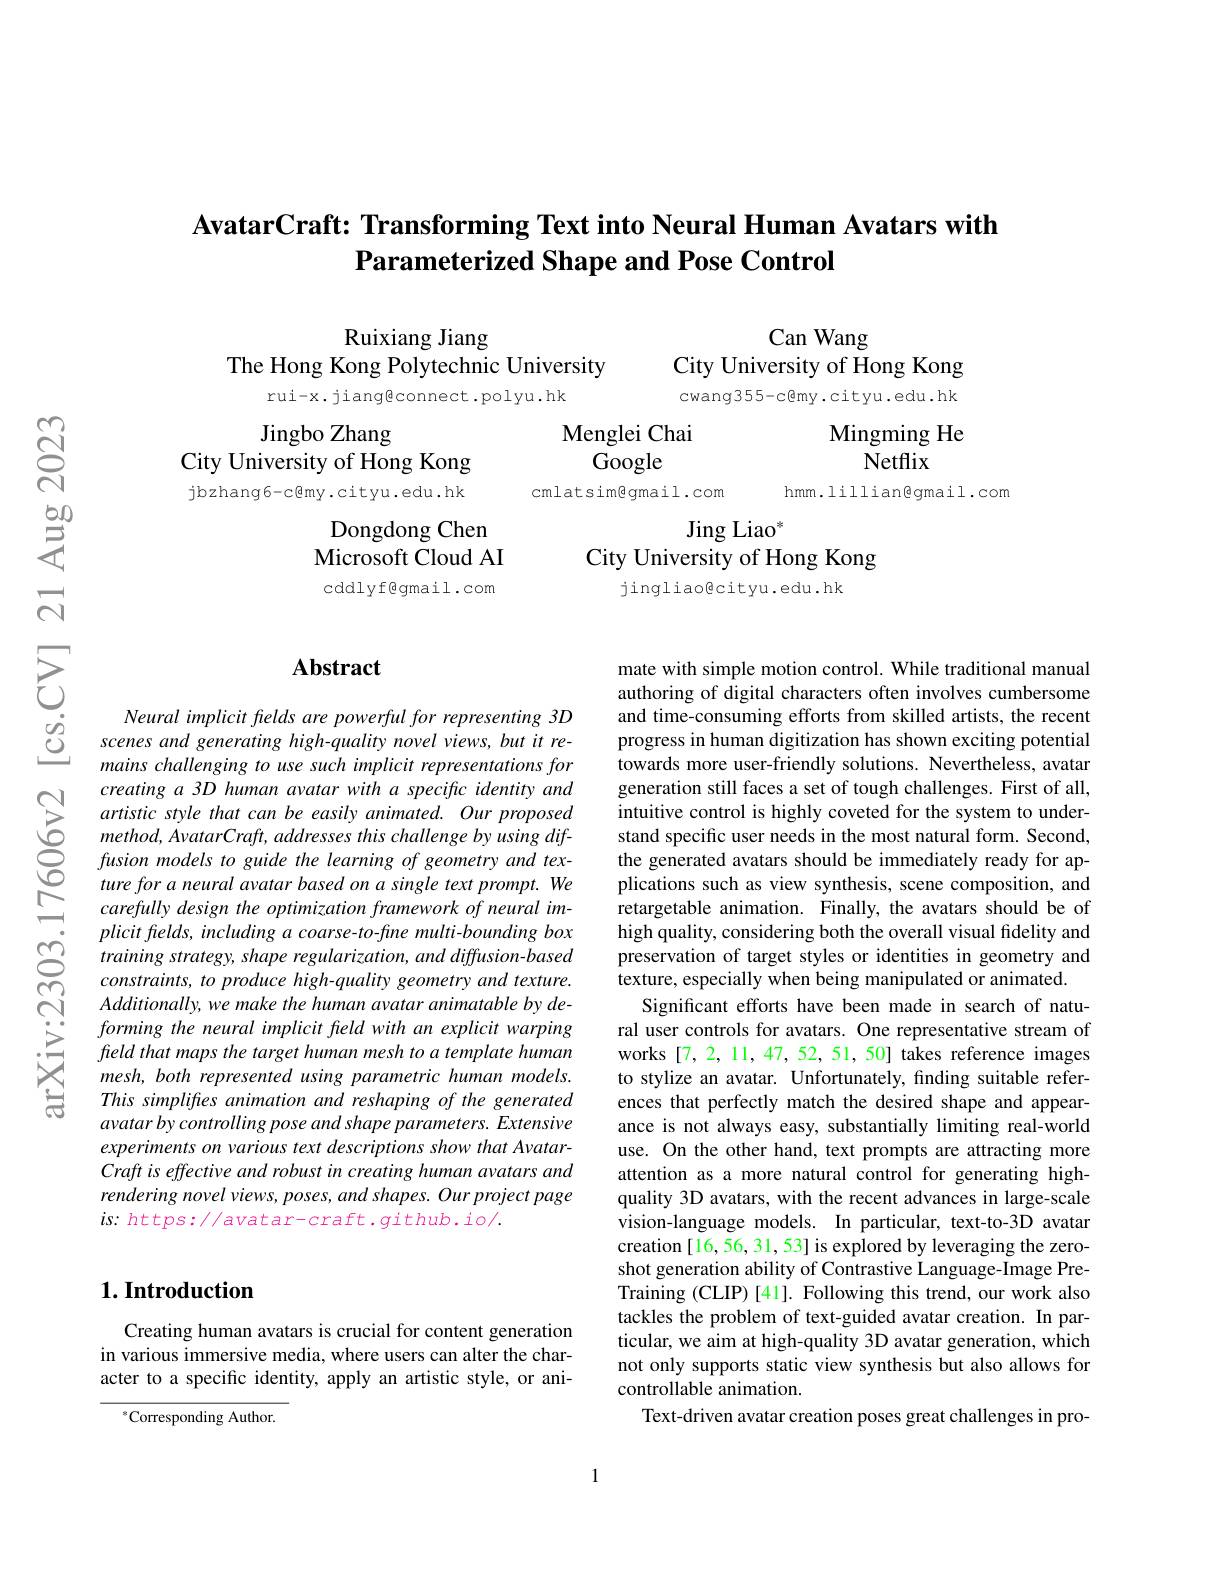
## AvatarCraft: Transforming Text into Neural Human Avatars with Parameterized Shape and Pose Control

Ruixiang Jiang
The Hong Kong Polytechnic University

Can Wang
City University of Hong Kong cwang355-c@my.cityu.edu.hk

rui-x. jiangeconnect.polyu.hk

Mingming He
Netflix

Menglei Chai
Google

Jingbo Zhang
City University of Hong Kong jbzhang6-c@my.cityu.edu.hk

hmm.lillian@gmail.com

cmlatsimgmail.com

Jing Liao$^*$
City University of Hong Kong
jingliao@cityu.edu.hk

Dongdong Chen Microsoft Cloud AI cddlyf@gmail.com

## $\mathbf{Abstract}$

Neural implicit fhelds are powerful for representing 3D scenes and generating high-quality novel views, but it remains challenging to use such implicit representations for creating a 3D human avatar with a specific identity and artistic style that can be easily animated. Our proposed method, AvatarCraft, addresses this challenge by using diffusion models to guide the learning of geometry and texture for a neural avatar based on a single text prompt. We carefully design the optimization framework of neural im- $plicitfelds,includingacoarse-to-finemulti-boundingbox$ training strategy, shape regularization, and diffusion-based $constraints,toproduce$ high-quality geometry and texture. Additionally, we make the human avatar animatable by deforming the neural implicit feld with an explicit warping field that maps the target human mesh to a template human mesh, both represented using parametric human models. This simplifres animation and reshaping of the generated avatar by controlling pose and shape parameters. Extensive experiments on various text descriptions show that AvatarCraft is effective and robust in creating human avatars and rendering novel views, poses, and shapes. Our project page $is:https://avatar-craft.github.io/.$

mate with simple motion control. While traditional manual authoring of digital characters often involves cumbersome and time-consuming efforts from skilled artists, the recent progress in human digitization has shown exciting potential towards more user-friendly solutions. Nevertheless, avatar generation still faces a set of tough challenges. First of all, intuitive control is highly coveted for the system to understand specific user needs in the most natural form. Second, the generated avatars should be immediately ready for applications such as view synthesis, scene composition, and retargetable animation. Finally, the avatars should be of high quality, considering both the overall visual fidelity and preservation of target styles or identities in geometry and texture, especially when being manipulated or animated.
Significant efforts have been made in search of natural user controls for avatars. One representative stream of works [7,2,11,47,52,51,50] takes reference images to stylize an avatar. Unfortunately, finding suitable references that perfectly match the desired shape and appearance is not always easy, substantially limiting real-world use. On the other hand, text prompts are attracting more attention as a more natural control for generating highquality 3D avatars, with the recent advances in large-scale vision-language models. In particular, text-to-3D avatar creation [16,56,31,53] is explored by leveraging the zeroshot generation ability of Contrastive Language-Image PreTraining (CLIP) [41]. Following this trend, our work also tackles the problem of text-guided avatar creation. In particular, we aim at high-quality 3D avatar generation, which not only supports static view synthesis but also allows for controllable animation.
Text-driven avatar creation poses great challenges in pro-

## $1. \textbf{Introduction}$

Creating human avatars is crucial for content generation in various immersive media, where users can alter the character to a specific identity, apply an artistic style, or ani-

$^{*}$Corresponding Author.

1